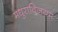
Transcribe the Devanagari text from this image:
मधुराविजयम